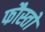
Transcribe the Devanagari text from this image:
फौस्तो